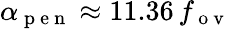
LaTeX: \alpha_{\mathrm{~p~e~n~}}\approx 11.36\, f_{\mathrm{~o~v~}}